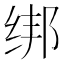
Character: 绑